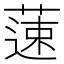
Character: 䔎